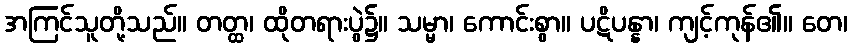
အကြင်သူတို့သည်။ တတ္ထ၊ ထိုတရားပွဲ၌။ သမ္မာ၊ ကောင်းစွာ။ ပဋိပန္နာ၊ ကျင့်ကုန်၏။ တေ၊